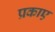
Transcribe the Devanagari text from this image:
प्रकाए